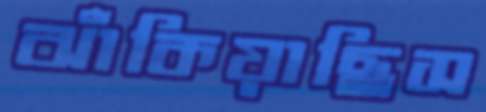
ঝাঁকিয়াছিস